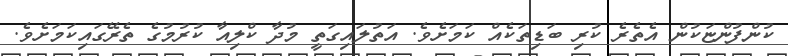
ކުންފުންޏަކުން އެތެރެ ކުރި ބަޑިތަކެއް ކަމަށެވެ. އަތުލައިގަތީ މުދާ ކްލިއާ ކުރުމުގެ ތެރޭގައިކަމަށެވެ.